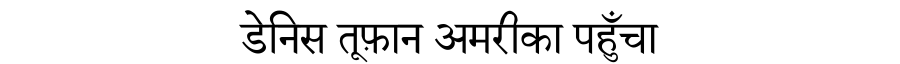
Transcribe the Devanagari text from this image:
डेनिस तूफ़ान अमरीका पहुँचा